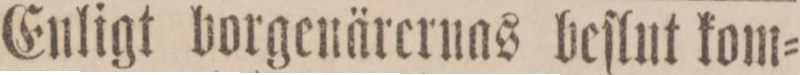
Enligt borgenärernas beſlut kom=